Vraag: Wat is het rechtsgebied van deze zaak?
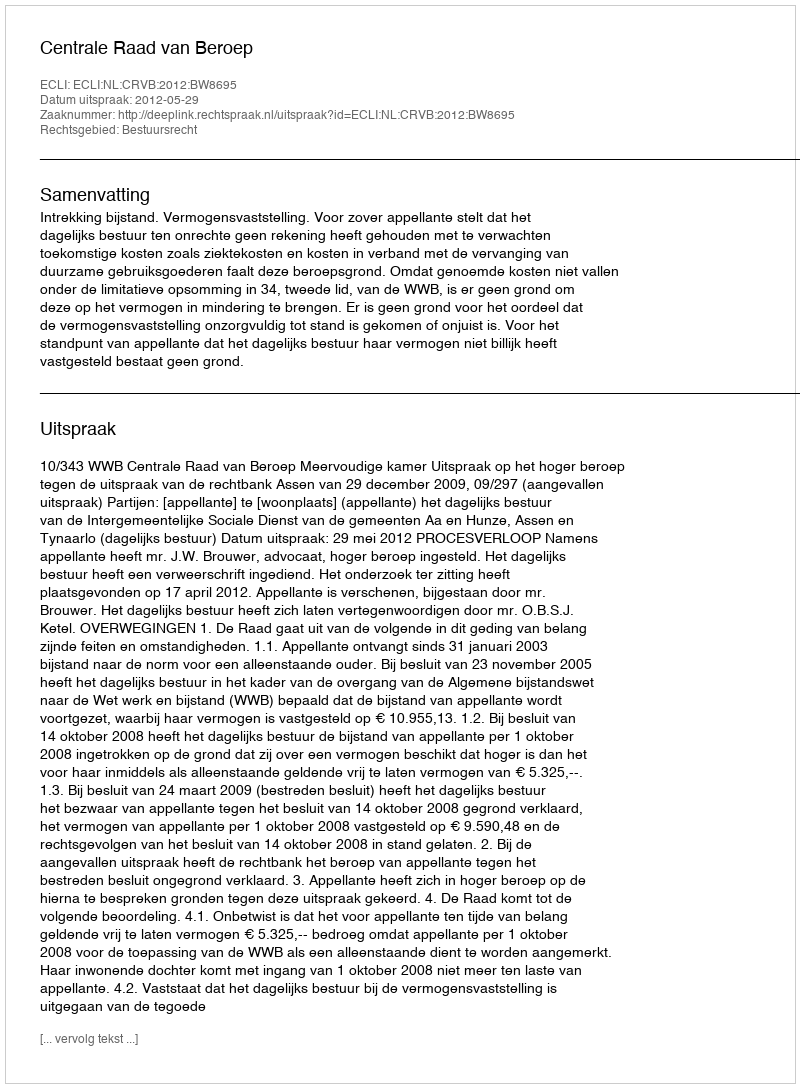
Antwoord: Bestuursrecht